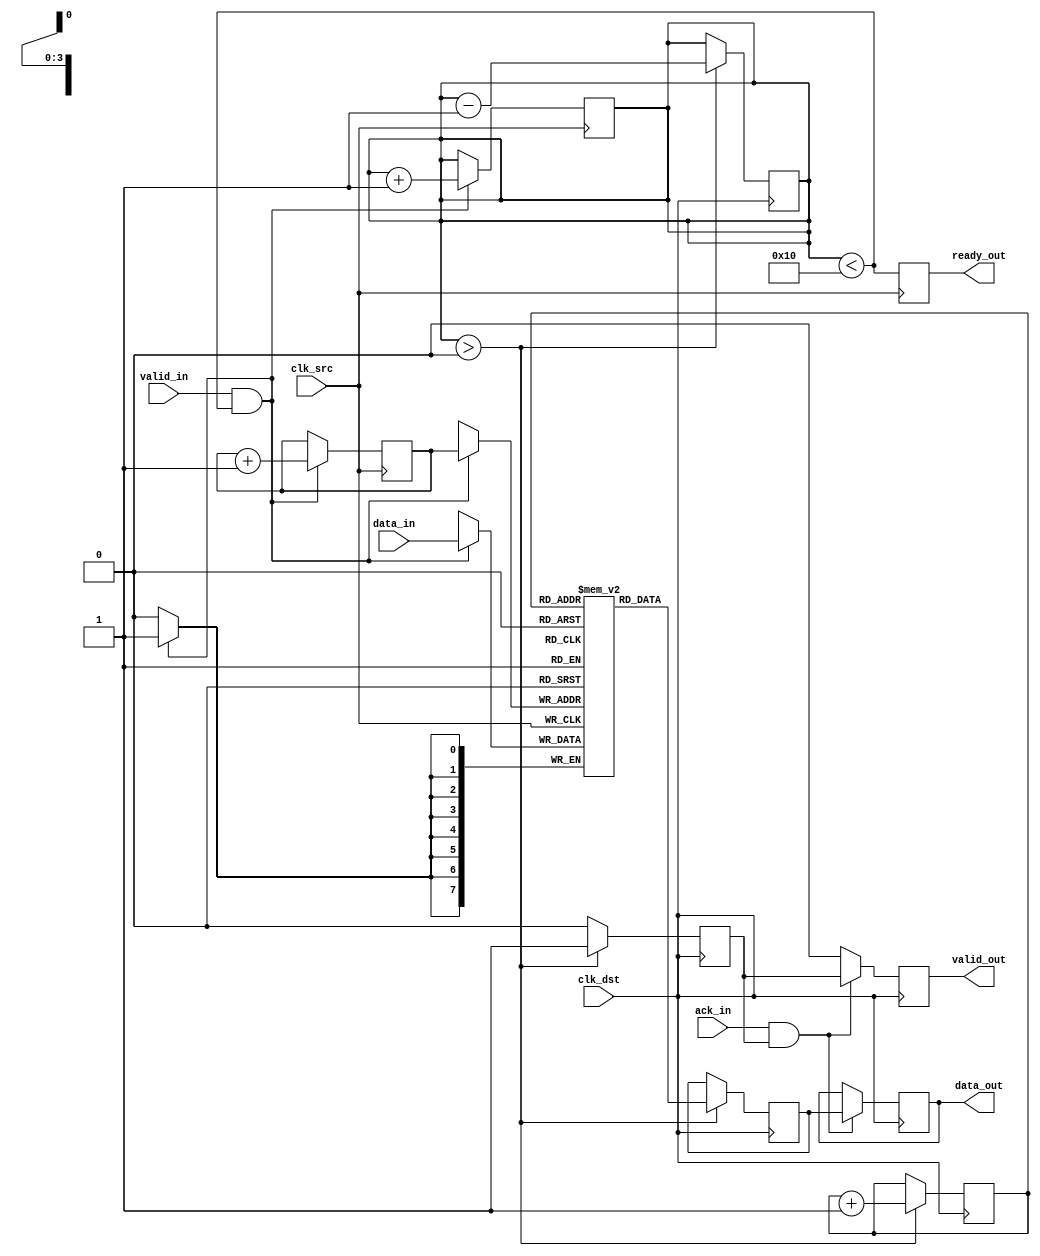
module burst_mode_synchronizer #(
    parameter DATA_WIDTH = 8,
    parameter FIFO_DEPTH = 16
)(
    input wire clk_src,               // Source clock
    input wire clk_dst,               // Destination clock
    input wire [DATA_WIDTH-1:0] data_in, // Data input from source clock domain
    input wire valid_in,              // Valid signal from source clock domain
    output reg ready_out,             // Ready signal for source clock domain
    output reg [DATA_WIDTH-1:0] data_out, // Synchronized data output to destination clock domain
    output reg valid_out,             // Valid signal for destination clock domain
    input wire ack_in                 // Acknowledge signal from destination clock domain
);

// FIFO buffer
reg [DATA_WIDTH-1:0] fifo [0:FIFO_DEPTH-1];
reg [3:0] write_ptr, read_ptr;
reg [3:0] fifo_count;

// Synchronization registers
reg [DATA_WIDTH-1:0] sync_data;
reg sync_valid;
reg [1:0] sync_valid_d;

always @(posedge clk_src) begin
    if (valid_in && (fifo_count < FIFO_DEPTH)) begin
        fifo[write_ptr] <= data_in; // Write data to FIFO
        write_ptr <= write_ptr + 1;
        fifo_count <= fifo_count + 1;
    end
end

always @(posedge clk_src) begin
    ready_out <= (fifo_count < FIFO_DEPTH);
end

// Synchronization logic
always @(posedge clk_dst) begin
    if (fifo_count > 0) begin
        sync_data <= fifo[read_ptr]; // Read data from FIFO
        sync_valid <= 1'b1;           // Assert valid signal
        read_ptr <= read_ptr + 1;
        fifo_count <= fifo_count - 1;
    end else begin
        sync_valid <= 1'b0;           // Deassert valid signal
    end
end

// Handshaking mechanism
always @(posedge clk_dst) begin
    if (ack_in && sync_valid) begin
        data_out <= sync_data;       // Pass synchronized data to output
        valid_out <= sync_valid;     // Assert valid output
    end else begin
        valid_out <= 1'b0;           // Deassert valid output if not acknowledged
    end
end

// Metastability mitigation for valid signal
always @(posedge clk_dst) begin
    sync_valid_d <= {sync_valid_d[0], sync_valid}; // Shift register for metastability
end

endmodule